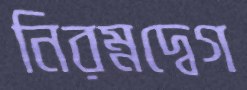
নিরম্নদ্বেগ